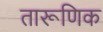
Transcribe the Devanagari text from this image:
तारूणिक